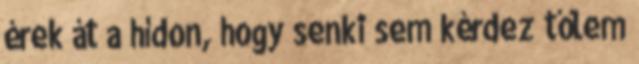
érek át a hídon, hogy senki sem kérdez tőlem